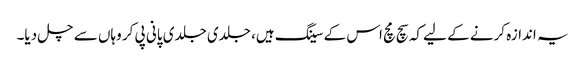
یہ اندازہ کرنے کے لیے کہ سچ مچ اس کے سینگ ہیں، جلدی جلدی پانی پی کر وہاں سے چل دیا۔